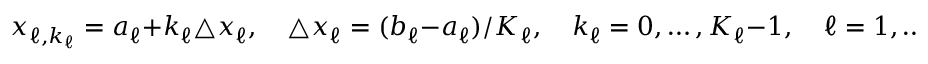
x _ { \ell , k _ { \ell } } = a _ { \ell } + k _ { \ell } \triangle x _ { \ell } , \quad \triangle x _ { \ell } = ( b _ { \ell } - a _ { \ell } ) / K _ { \ell } , \quad k _ { \ell } = 0 , \dots , K _ { \ell } - 1 , \quad \ell = 1 , \dots , d